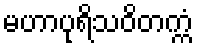
မဟာပုရိသဝိတက္ကံ